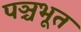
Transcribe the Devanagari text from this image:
पञ्चभूत